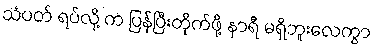
သံပတ် ရပ်လို့ က ပြန်ပြီးတိုက်ဖို့ နာရီ မရှိဘူးလေကွာ